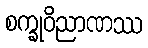
စက္ခုဝိညာဏဿ